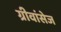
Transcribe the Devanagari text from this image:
ग्रीवांसेज